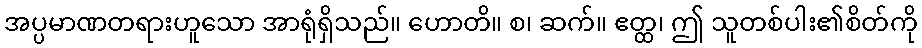
အပ္ပမာဏတရားဟူသော အာရုံရှိသည်။ ဟောတိ။ စ၊ ဆက်။ ဧတ္ထ၊ ဤ သူတစ်ပါး၏စိတ်ကို